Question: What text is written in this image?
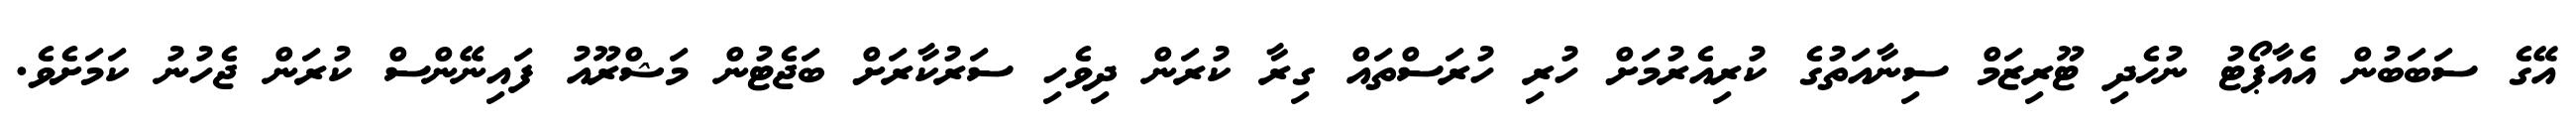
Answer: އޭގެ ސަބަބުން އެއާޕޯޓު ނުހެދި ޓޫރިޒަމް ސިނާއަތުގެ ކުރިއެރުމަށް ހުރި ހުރަސްތައް ގިރާ ކުރަން ދިވެހި ސަރުކާރަށް ބަޖެޓުން މަޝްރޫއު ފައިނޭންސް ކުރަން ޖެހުނު ކަމަށެވެ.